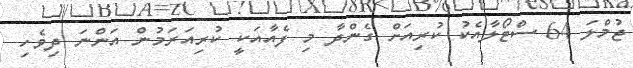
ޖުމްލަ 64 ސްޓޯލާއެކު ކުރިއަށް ގެންދާ މި ފެއާއަކީ ކުރިއަރަމުން އަންނަ ދިވެހި